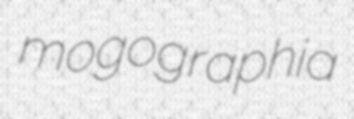
mogographia